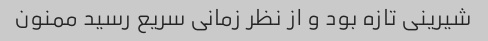
شیرینی تازه بود و از نظر زمانی سریع رسید ممنون